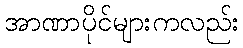
အာဏာပိုင်များကလည်း